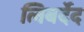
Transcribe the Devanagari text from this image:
लिबर्देद